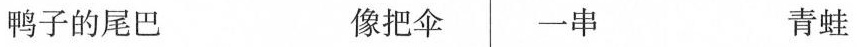
鸭子的尾巴 像把伞 一串 青蛙